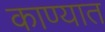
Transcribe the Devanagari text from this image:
काण्यात